Report of the Municipal Commissioner on the plague in Bombay for the year ending 31st May... - Volume 1
Disease focus: Plague
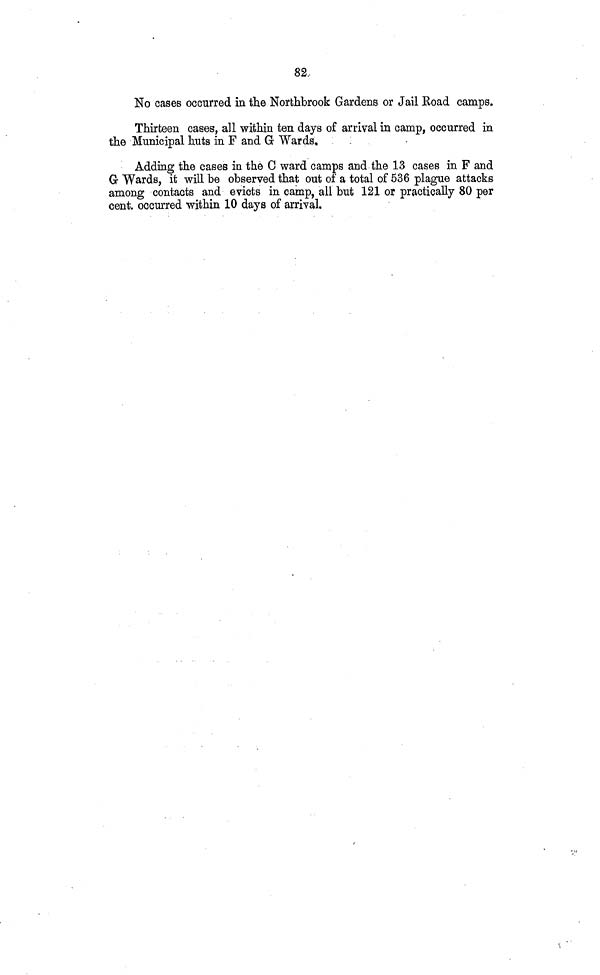
82
No cases occurred in the Northbrook Gardens or Jail Road camps.
Thirteen cases, all within ten days of arrival in camp, occurred in
the Municipal huts in F and G Wards,
Adding the cases in the C ward camps and the 13 cases in F and
G Wards, it will be observed that out of a total of 536 plague attacks
among contacts and evicts in camp, ail but 121 or practically 80 per
cent occurred within 10 days of arrival.